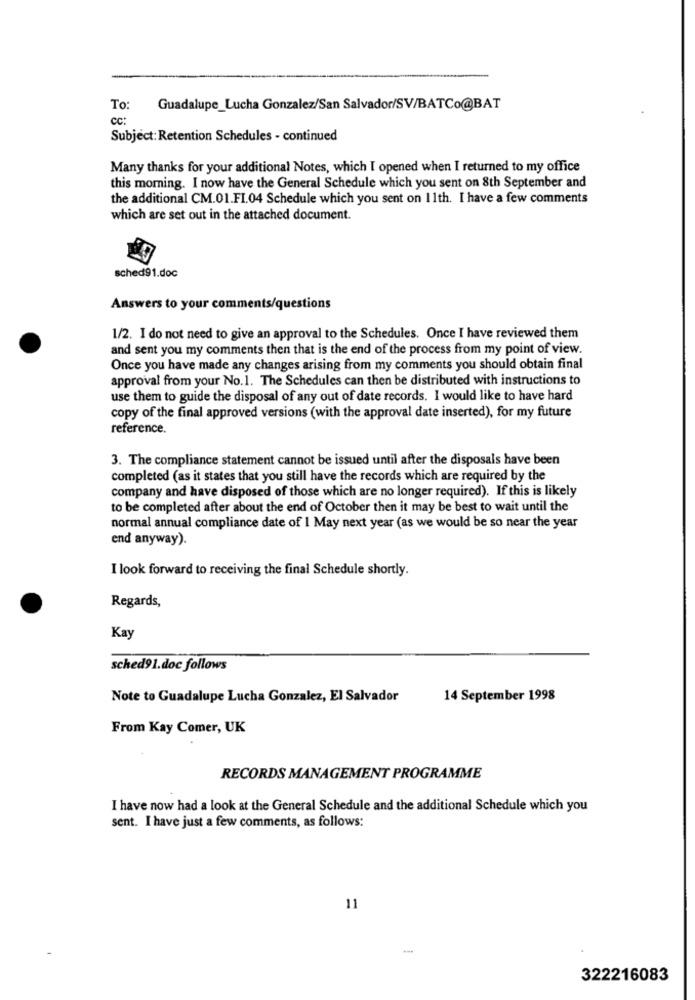
To:
Guadalupe_Lucha Gonzalez/San Salvador/SV/BATCo@BAT
cc:
Subject: Retention Schedules - continued
Many thanks for your additional Notes, which I opened when I returned to my office
this morning. I now have the General Schedule which you sent on 8th September and
the additional CM.01.FI.04 Schedule which you sent on 11th. I have a few comments
which are set out in the attached document.
sched91.doc
Answers to your comments/questions
1/2. I do not need to give an approval to the Schedules. Once I have reviewed them
and sent you my comments then that is the end of the process from my point of view.
Once you have made any changes arising from my comments you should obtain final
approval from your No.1. The Schedules can then be distributed with instructions to
use them to guide the disposal of any out of date records. I would like to have hard
copy of the final approved versions (with the approval date inserted), for my future
reference.
3. The compliance statement cannot be issued until after the disposals have been
completed (as it states that you still have the records which are required by the
company and have disposed of those which are no longer required). If this is likely
to be completed after about the end of October then it may be best to wait until the
normal annual compliance date of 1 May next year (as we would be so near the year
end anyway).
I look forward to receiving the final Schedule shortly.
Regards,
Kay
sched91.doc follows
Note to Guadalupe Lucha Gonzalez, El Salvador
14 September 1998
From Kay Comer, UK
RECORDS MANAGEMENT PROGRAMME
I have now had a look at the General Schedule and the additional Schedule which you
sent. I have just a few comments, as follows:
11
-
322216083